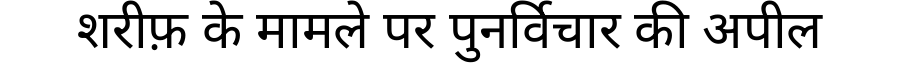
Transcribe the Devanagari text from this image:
शरीफ़ के मामले पर पुनर्विचार की अपील